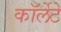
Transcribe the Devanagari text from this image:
कॉर्लेटे